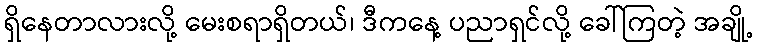
ရှိနေတာလားလို့ မေးစရာရှိတယ်၊ ဒီကနေ့ ပညာရှင်လို့ ခေါ်ကြတဲ့ အချို့